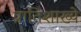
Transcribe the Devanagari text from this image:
प्रातिशाख्ये